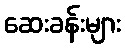
ဆေးခန်းများ